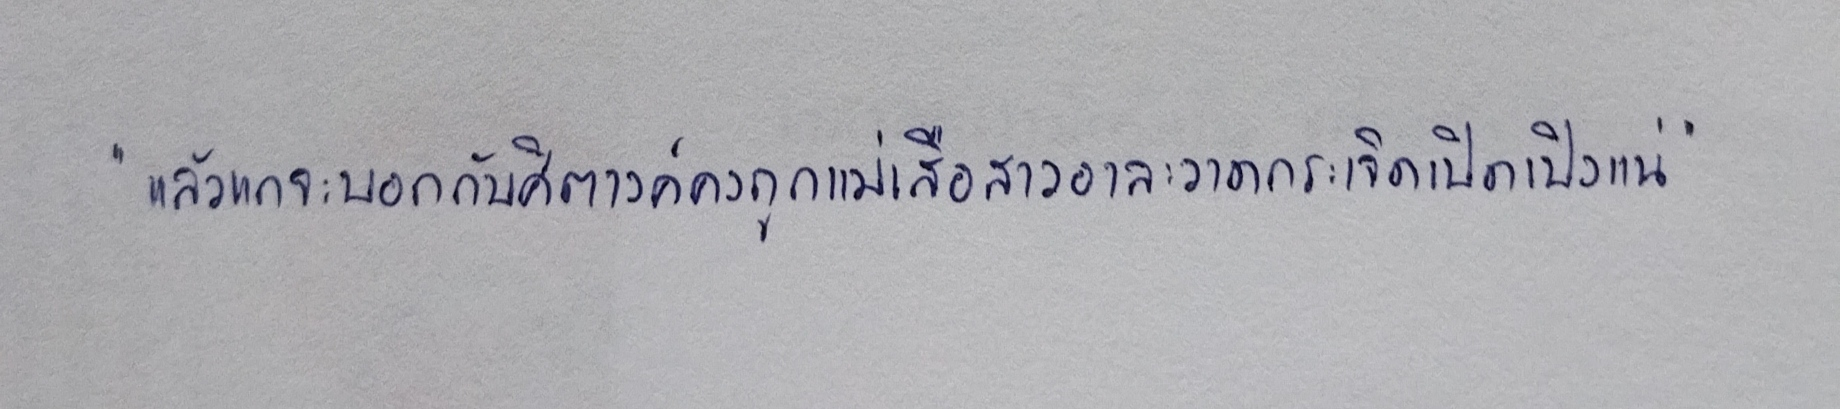
"แล้วแกจะบอกกับศิตางค์คงถูกแม่เสือสาวอาละวาดกระเจิดเปิดเปิงแน่"